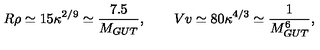
R \rho \simeq 1 5 \kappa ^ { 2 / 9 } \simeq \frac { 7 . 5 } { M _ { G U T } } , \qquad V v \simeq 8 0 \kappa ^ { 4 / 3 } \simeq \frac { 1 } { M _ { G U T } ^ { 6 } } ,